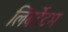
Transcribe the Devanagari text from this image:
लिबर्टेटम